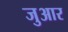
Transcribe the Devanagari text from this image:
जुआर